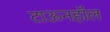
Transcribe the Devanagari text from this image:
टाऊनहॉल